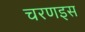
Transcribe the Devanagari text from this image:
चरणइस